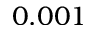
0 . 0 0 1